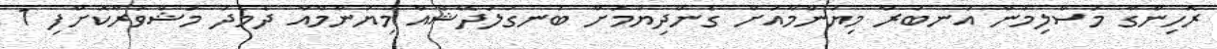
ރޮހިންގާ މުސްލިމުން އަނބުރާ މިޔަންމާއަށް ގެންދިޔުމަށް ބަނގުލަދޭޝްއާ މިޔަންމާއާ ދެމެދު މަޝްވަރާކޮށްފި 1